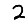
Digit: 2